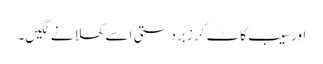
اور سیب کاٹ کر زبردستی اسے کھلانے لگیں۔